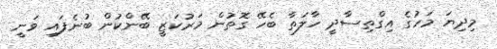
މިދިޔަ މަހުގެ އިގްތިސާދީ ހާލަތާ ބެހޭ ގޮތުން މަރުކަޒީ ބޭންކުން ބުނެފައި ވަނީ